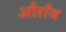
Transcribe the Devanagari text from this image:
औराँव